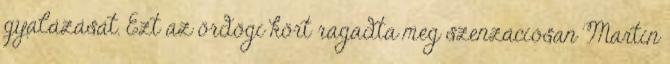
gyalázását. Ezt az ördögi kört ragadta meg szenzációsan Martin